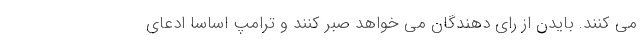
می کنند. بایدن از رای دهندگان می خواهد صبر کنند و ترامپ اساسا ادعای